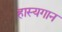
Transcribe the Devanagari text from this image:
हास्यगान